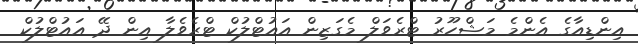
އިންޑިއާގެ އެންމެ މަޝްހޫރު ޓްރެވަލް މެގަޒިން އައުޓްލުކް ޓްރެވެލާ އިން ދޭ އައުޓްލުކް